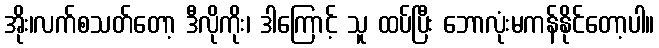
အိုး၊လက်စသတ်တော့ ဒီလိုကိုး၊ ဒါကြောင့် သူ ထပ်ပြီး ဘောလုံးမကန်နိုင်တော့ပါ။